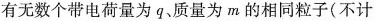
有无数个带电荷量为q、质量为m的相同粒子(不计